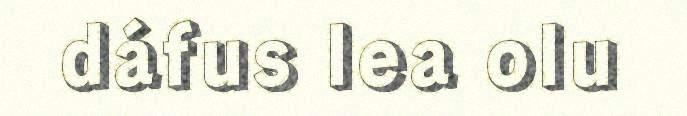
dáfus lea olu